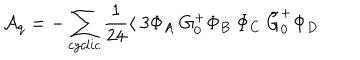
{ \cal A } _ { q } = - \sum _ { c y c l i c } \frac { 1 } { 2 4 } \langle ~ 3 \Phi _ { A } ~ G _ { 0 } ^ { + } \Phi _ { B } ~ \Phi _ { C } ~ \tilde { G } _ { 0 } ^ { + } \Phi _ { D }